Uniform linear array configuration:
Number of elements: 48
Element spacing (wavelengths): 1
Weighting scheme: blackman
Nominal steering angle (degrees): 30
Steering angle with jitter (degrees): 29.162
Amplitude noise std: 0.05
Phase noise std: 0.05

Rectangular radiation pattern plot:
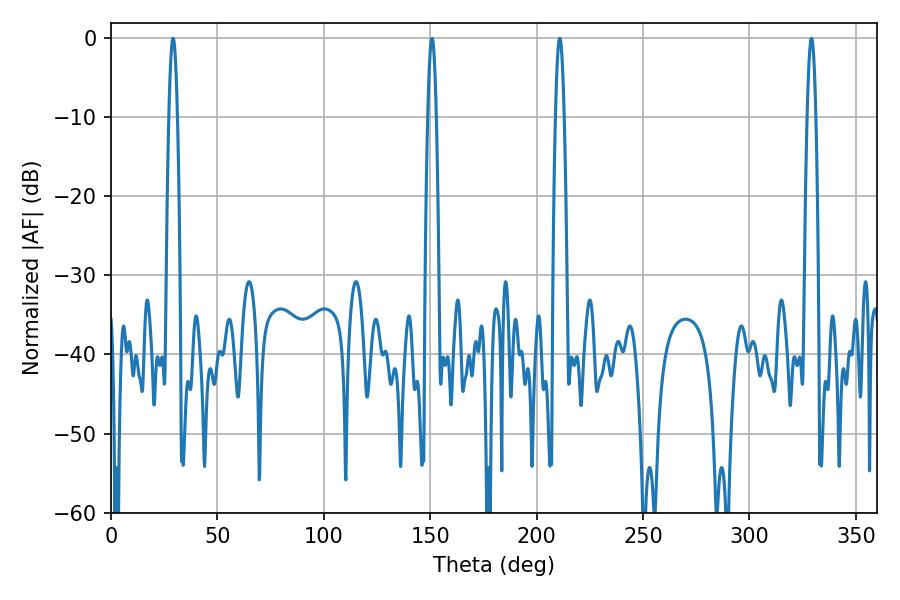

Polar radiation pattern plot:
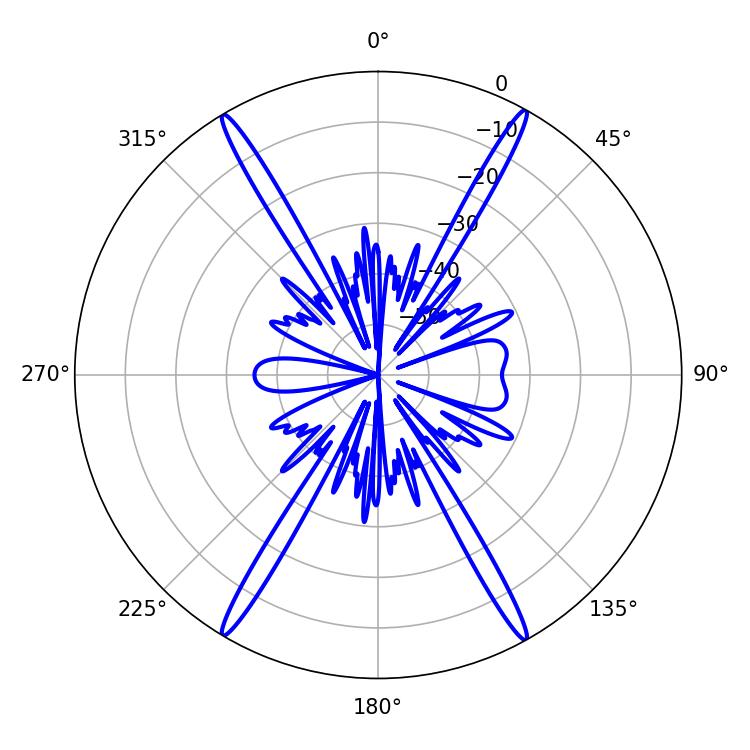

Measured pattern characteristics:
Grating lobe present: TRUE
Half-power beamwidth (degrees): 2.16
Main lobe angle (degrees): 29.16